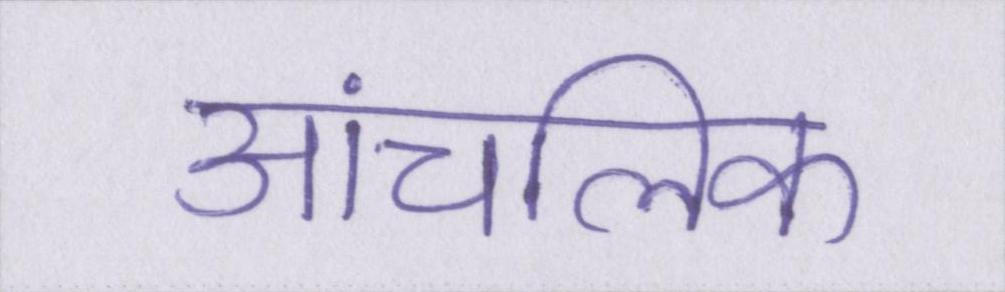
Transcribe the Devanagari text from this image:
आंचलिक